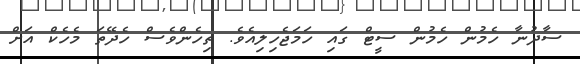
ސާދުނާ ހެމުން ހެމުން ސީޓް ގައި ހަމަޖެހިލިއެވެ. ތިހެންވެސް ހެދޭތަ މެހެކް އަށް